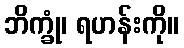
ဘိက္ခုံ၊ ရဟန်းကို။